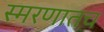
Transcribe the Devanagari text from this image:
स्मरणातच